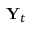
\mathbf { Y } _ { t }